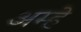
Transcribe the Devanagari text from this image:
अम्हे